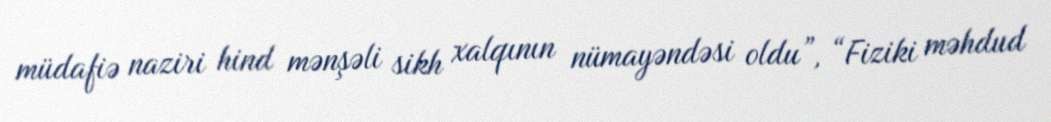
müdafiə naziri hind mənşəli sikh xalqının nümayəndəsi oldu”, “Fiziki məhdud